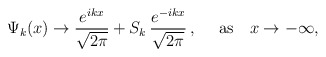
\begin{align*}\Psi_k(x)\rightarrow \frac{e^{ikx}}{\sqrt{2\pi}}+S_k\,\frac{e^{-ikx}}{\sqrt{2\pi}}\,,~~~~\mbox{as}~~~x\rightarrow -\infty,\end{align*}